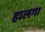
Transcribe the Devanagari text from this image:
हालगा